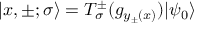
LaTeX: | x , \pm ; \sigma \rangle = T _ { \sigma } ^ { \pm } ( g _ { y _ { \pm } ( x ) } ) | \psi _ { 0 } \rangle